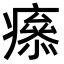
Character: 𤺑